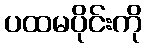
ပထမပိုင်းကို